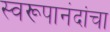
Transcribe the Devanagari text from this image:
स्वरूपानंदांचा